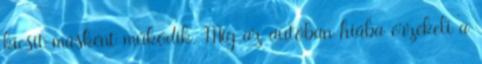
kicsit másként működik. Míg az autóban hiába érzékeli a